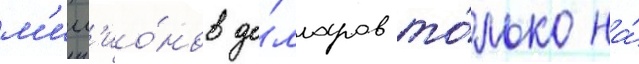
м'илл'ио́нов до́лларов то́лько на́